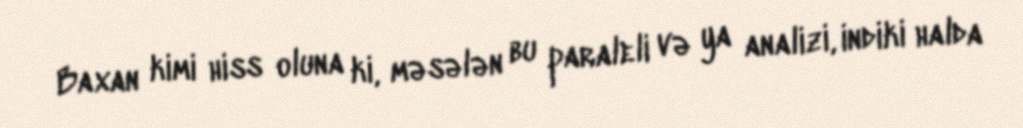
Baxan kimi hiss oluna ki, məsələn bu paraleli və ya analizi, indiki halda